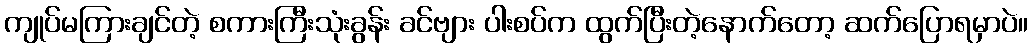
ကျုပ်မကြားချင်တဲ့ စကားကြီးသုံးခွန်း ခင်ဗျား ပါးစပ်က ထွက်ပြီးတဲ့နောက်တော့ ဆက်ပြောရမှာပဲ။